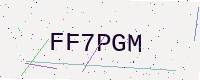
Text: FF7PGM